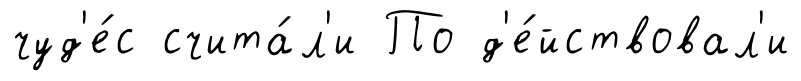
чуд'е́с счита́л'и По д'е́йствовал'и